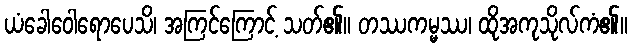
ယံခေါဝေါရောပေသိ၊ အကြင်ကြောင့် သတ်၏။ တဿကမ္မဿ၊ ထိုအကုသိုလ်ကံ၏။